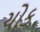
ચોક